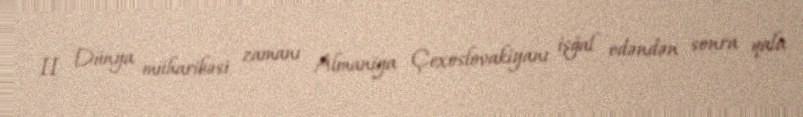
II Dünya müharibəsi zamanı Almaniya Çexoslovakiyanı işğal edəndən sonra qala